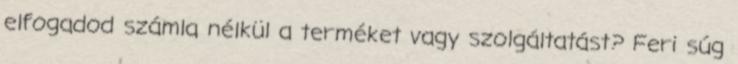
elfogadod számla nélkül a terméket vagy szolgáltatást? Feri súg